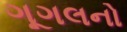
ગૂગલનો